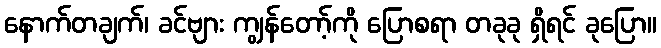
နောက်တချက်၊ ခင်ဗျား ကျွန်တော့်ကို ပြောစရာ တခုခု ရှိရင် ခုပြော။